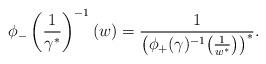
LaTeX: \begin{gather*}\phi_-\left(\frac1{\gamma^*}\right)^{-1}(w)=\frac1{\left(\phi_+(\gamma)^{-1}\big(\frac1{w^*}\big)\right)^*}.\end{gather*}